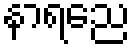
နာရညေ